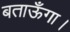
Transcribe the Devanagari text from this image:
बताऊँगा।